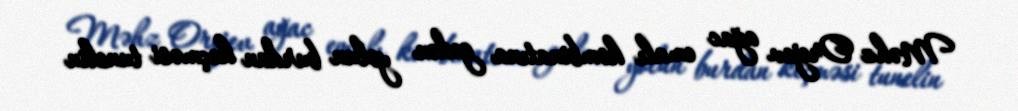
Məhz Orejev ağac emalı kombinatına gedən yolun burdan keçməsi tunelin